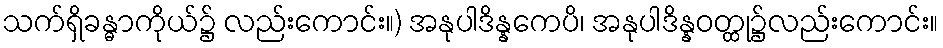
သက်ရှိခန္ဓာကိုယ်၌ လည်းကောင်း။) အနုပါဒိန္နကေပိ၊ အနုပါဒိန္နဝတ္ထု၌လည်းကောင်း။